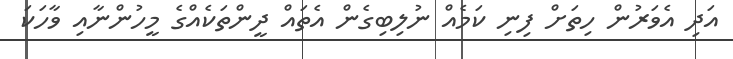
އަދި އެވަރުން ހިތަށް ފިނި ކަމެއް ނުލިބިގެން އެތައް ދީންތަކެއްގެ މީހުންނާއި ވާހަކަ